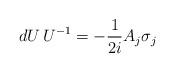
LaTeX: \begin{align*}dU\, U^{-1} = -{1\over 2i} A_j \sigma_j\end{align*}